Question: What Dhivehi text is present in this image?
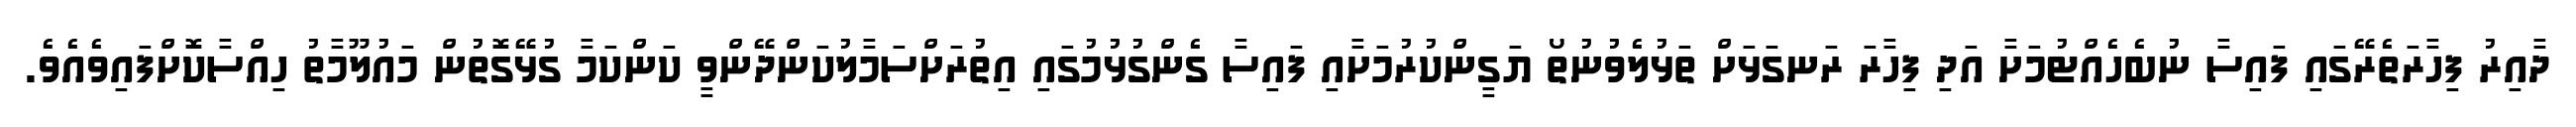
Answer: ދާއިރު ފިހާރަތެރޭގައި ފައިސާ ނުބެހެއްޓުމަށާ އަދި ފިހާރަ ރަނގަޅަށް ތަޅުލެވުނުތޯ ޔަގީންކުރުމަށާއި ފައިސާ ގެންގުޅުމުގައި އިތުރަށްސަމާލުކަންދޭންވީ ކަންކަމާ ގުޅޭގޮތުން މައުލޫމާތު ހިއްސާކޮށްފައިވެއެވެ.